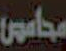
محاسيس